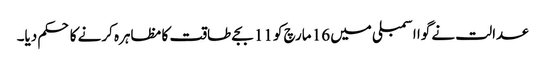
عدالت نے گوا اسمبلی میں 16 مارچ کو 11 بجے طاقت کا مظاہرہ کرنے کا حکم دیا۔